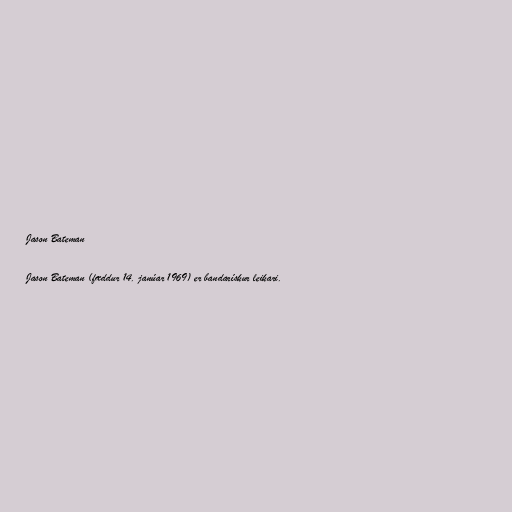
Jason Bateman

Jason Bateman (fæddur 14. janúar 1969) er bandarískur leikari.